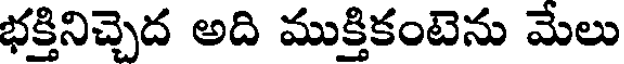
భక్తినిచ్చెద అది ముక్తికంటెను మేలు